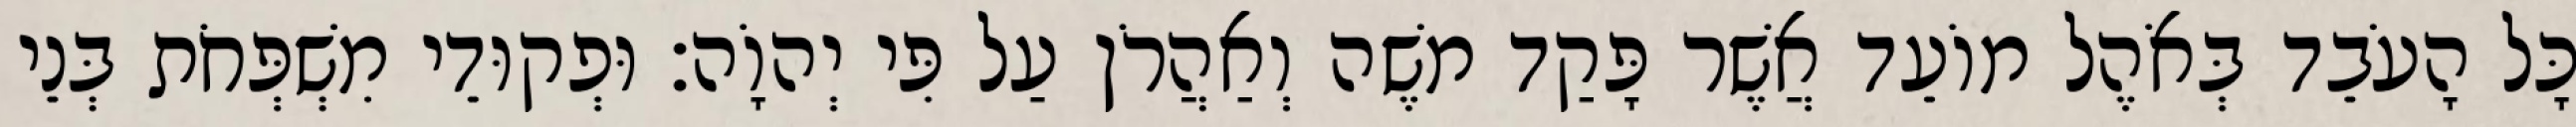
כָּל הָעֹבֵד בְּאֹהֶל מוֹעֵד אֲשֶׁר פָּקַד משֶׁה וְאַהֲרֹן עַל פִּי יְהוָֹה׃ וּפְקוּדֵי מִשְׁפְּחֹת בְּנֵי